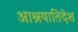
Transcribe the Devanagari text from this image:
आश्रयातिदेश